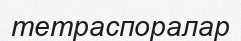
тетраспоралар